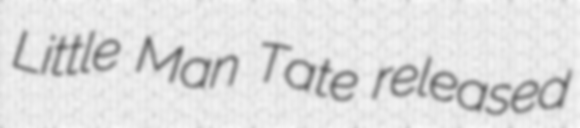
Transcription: Little Man Tate released